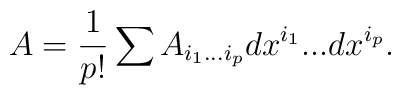
A = {1\over p!}\sum A_{i_1 ... i_p}dx^{i_1} ... dx^{i_p}.